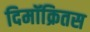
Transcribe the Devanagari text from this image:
दिमॉक्रितस